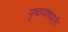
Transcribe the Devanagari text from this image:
पृष्ठवंशधारी